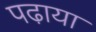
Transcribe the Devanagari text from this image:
पढा़या